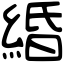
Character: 緍